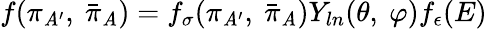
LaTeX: f(\pi_{\mathit{A}^{\prime}},\ {\bar{{\pi}}}_{\mathit{A}})=f_{\sigma}(\pi_{\mathit{A}^{\prime}},\ {\bar{{\pi}}}_{\mathit{A}})Y_{ln}(\theta,\ \varphi)f_{\epsilon}(E)